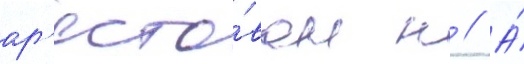
ар'есто́ван н // А́